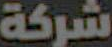
شركة